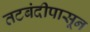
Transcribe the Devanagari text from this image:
तटबंदीपासून